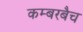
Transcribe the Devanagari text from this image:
कम्बरबैच